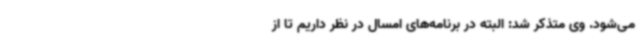
می‌شود. وی متذکر شد: البته در برنامه‌های امسال در نظر داریم تا از